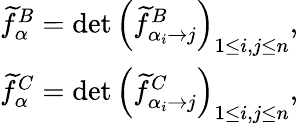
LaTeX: \begin{array}{r}{\widetilde{f}_{\alpha}^{B}=\operatorname*{det}\left(\widetilde{f}_{\alpha_{i}\to j}^{B}\right)_{1\leq i,j\leq n},}\\ {\widetilde{f}_{\alpha}^{C}=\operatorname*{det}\left(\widetilde{f}_{\alpha_{i}\to j}^{C}\right)_{1\leq i,j\leq n},}\end{array}